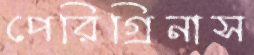
পেরিগ্রিনাস